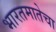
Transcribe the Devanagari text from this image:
भारतमातेचा